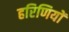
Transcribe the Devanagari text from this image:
हरिणियों